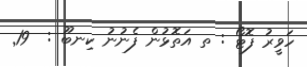
ހަވީރު ފޮޓޯ : ތ އަތޮޅުން ފެނުނު ކިނބޫ :  19